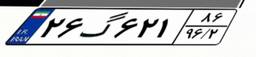
۲۹گ۹۵۵۴۲